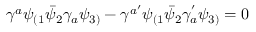
\gamma ^ { a } \psi _ { ( 1 } \bar { \psi } _ { 2 } \gamma _ { a } \psi _ { 3 ) } - \gamma ^ { a ^ { \prime } } \psi _ { ( 1 } \bar { \psi } _ { 2 } \gamma _ { a } ^ { ' } \psi _ { 3 ) } = 0